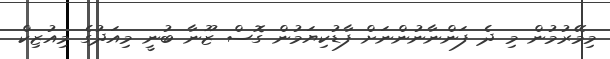
މިމޭރުމުން މި ދެ ފަންނާނުންނަށް ފާޑުކިޔަމުން ގޮސް ޒޫނާ ބުނީ މިއަދުގެ މިއުޒިކް